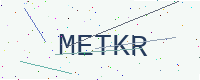
Text: METKR